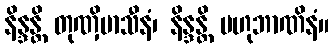
နိန္ဒန္တိ တုဏှိမာသီနံ၊ နိန္ဒန္တိ ဗဟုဘာဏိနံ။